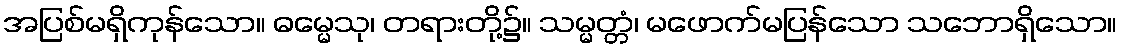
အပြစ်မရှိကုန်သော။ ဓမ္မေသု၊ တရားတို့၌။ သမ္မတ္တံ၊ မဖောက်မပြန်သော သဘောရှိသော။